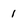
Character: 1